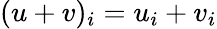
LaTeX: (u+v)_{i}=u_{i}+v_{i}